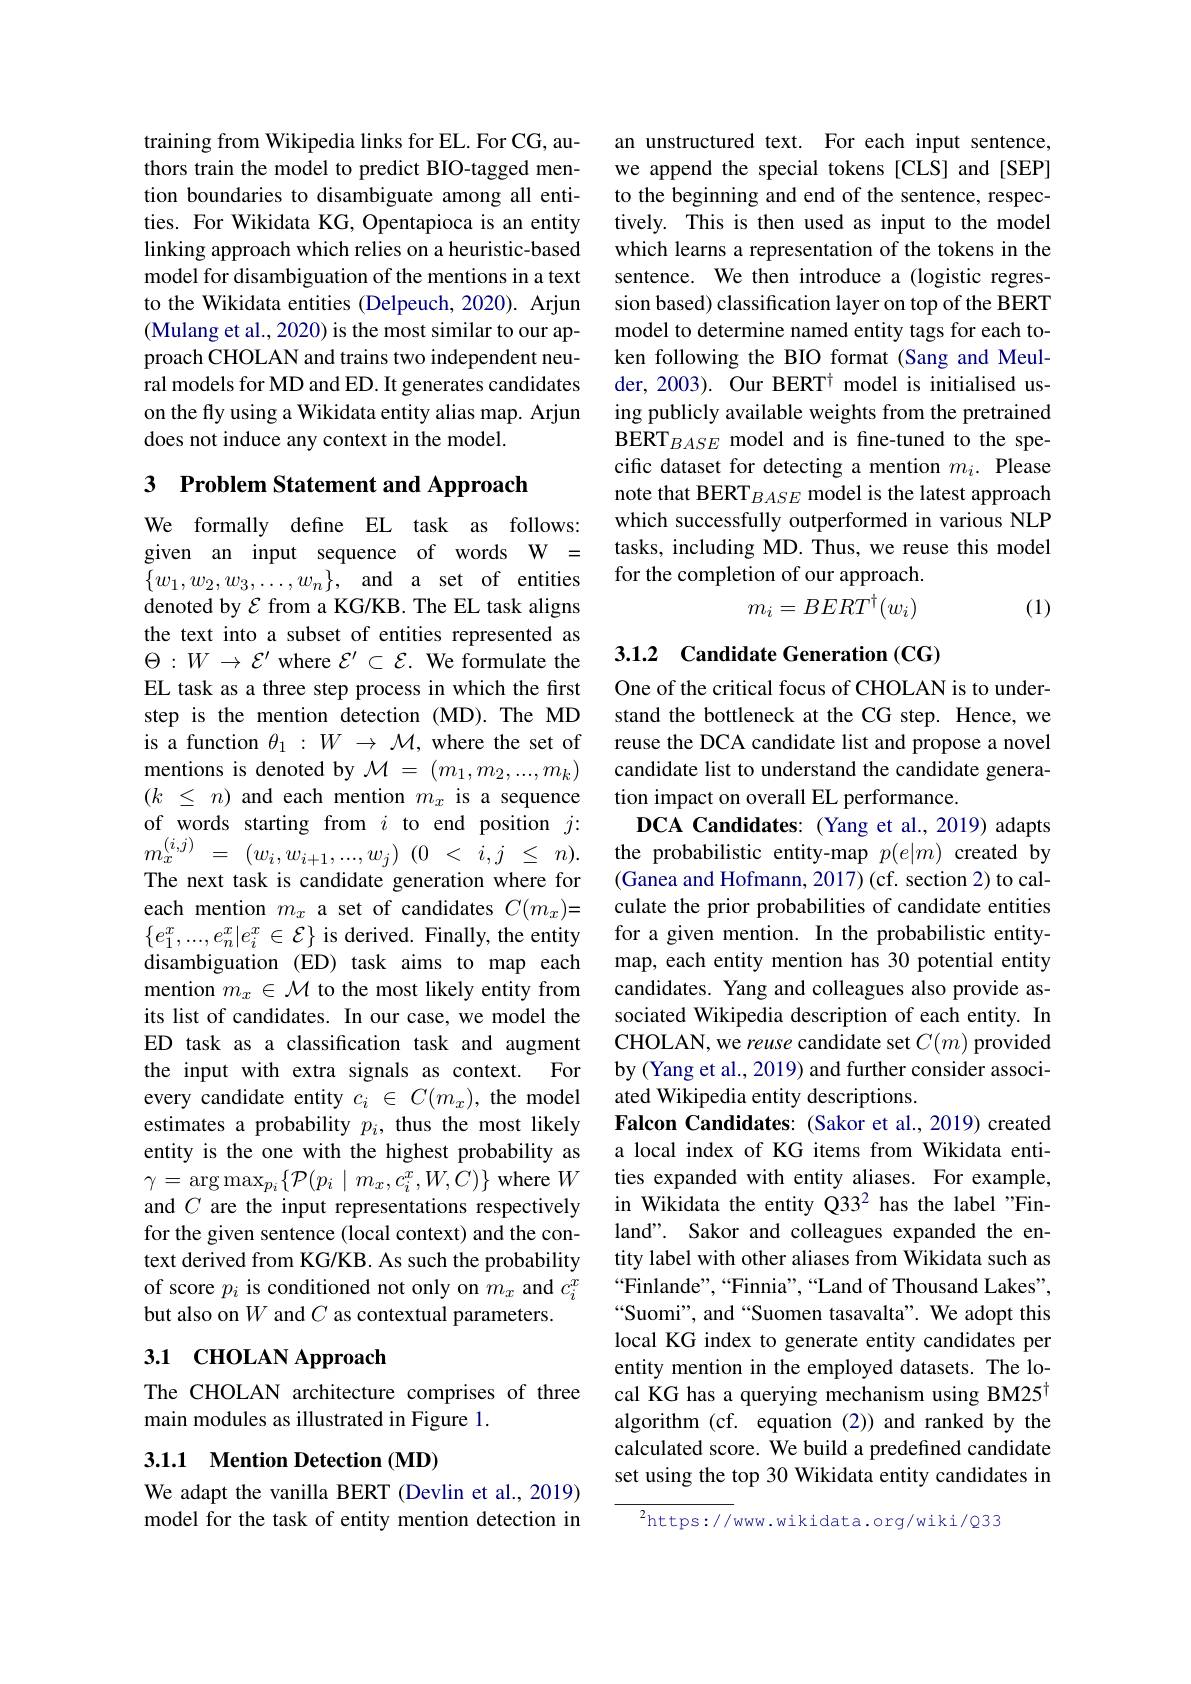
training from Wikipedia links for EL. For CG, authors train the model to predict BIO-tagged mention boundaries to disambiguate among all entities. For Wikidata KG, Opentapioca is an entity linking approach which relies on a heuristic-based model for disambiguation of the mentions in a text to the Wikidata entities (Delpeuch, 2020). Arjun (Mulang et al., 2020) is the most similar to our approach CHOLAN and trains two independent neural models for MD and ED. It generates candidates on the fly using a Wikidata entity alias map. Arjun does not induce any context in the model.

3 Problem Statement and Approach
We formally define EL task as follows: given an input sequence of words W = $\{ w_{1}, w_{2}, w_{3}, \ldots , w_{n}\} $, and a set of entities denoted by $\mathcal{E}$ from a KG/KB. The EL task aligns the text into a subset of entities represented as $\Theta:W\to\mathcal{E}^{\prime}$ where $\mathcal{E}^\prime\subset\mathcal{E}.$ We formulate the EL task as a three step process in which the first step is the mention detection (MD).The MD is a function $\theta_1:W\to\mathcal{M}$, where the set of mentions is denoted by $\mathcal{M}=(m_1,m_2,...,m_k)$ $( k$ $\leq$ $n)$ and each mention $m_x$ is a sequence $\begin{array}{rcl}\text{of words}&\text{starting from }i\text{ to end position }j{:}&\textbf{DCA Candidates:(Yang et al.2019) adapts}\\m_{x}^{(i,j)}=&(w_{i},w_{i+1},...,w_{j})&(0<i,j\leq n).&\text{the probabilistic entity-map}&p(e|m)\text{ created by}\\\text{Tha navt tack ic candidate anaration whara for}&(\text{G}\end{array}$
The next task is candidate generation where for each mention $m_x$ a set of candidates $C(m_x)=$ $\{e_1^x,...,e_n^x|e_i^x\in\mathcal{E}\}$ is derived. Finally, the entity for a given mention. In the probabilistic entitydisambiguation (ED) task aims to map each map, each entity mention has 30 potential entity
mention $m_x\in\mathcal{M}$ to the most likely entity from its list of candidates. In our case, we model the ED task as a classification task and augment the input with extra signals as context. For every candidate entity $c_i\in C(m_x)$, the model estimates a probability $p_i$, thus the most likely entity is the one with the highest probability as $\gamma=\arg\max_{p_i}\{\mathcal{P}(p_i\mid m_x,c_i^x,W,C)\}$ where $W$ and $C$ are the input representations respectively for the given sentence (local context) and the context derived from KG/KB. As such the probability of score $p_i$ is conditioned not only on $m_x$ and $c_i^x$ but also on $W$ and $C$ as contextual parameters.
3.1 CHOLAN Approach

### The CHOLAN architecture comprises of three main modules as illustrated in Figure 1.

### 3.1.1 Mention Detection (MD)

We adapt the vanilla BERT (Devlin et al., 2019) model for the task of entity mention detection in

an unstructured text. For each input sentence, we append the special tokens [CLS] and [SEP] to the beginning and end of the sentence, respectively. This is then used as input to the model which learns a representation of the tokens in the sentence. We then introduce a (logistic regression based) classification layer on top of the BERT model to determine named entity tags for each token following the BIO format (Sang and Meulder, 2003). Our BERT$^{\dagger}$ model is initialised using publicly available weights from the pretrained BERT$_{BASE}$ model and is fine-tuned to the specific dataset for detecting a mention $m_i.$ Please note that BERT$_{BASE}$ model is the latest approach which successfully outperformed in various NLP tasks, including MD. Thus, we reuse this model for the completion of our approach.
$$m_i=BERT^\dagger(w_i)$$
(1)

## 3.1.2 Candidate Generation (CG)

One of the critical focus of CHOLAN is to understand the bottleneck at the CG step. Hence, we reuse the DCA candidate list and propose a novel candidate list to understand the candidate generation impact on overall EL performance.
(Ganea and Hofmann, 2017)(cf. section 2) to calculate the prior probabilities of candidate entities candidates. Yang and colleagues also provide associated Wikipedia description of each entity. In CHOLAN, we reuse candidate set $C(m)$ provided by (Yang et al., 2019) and further consider associated Wikipedia entity descriptions.
Falcon Candidates: (Sakor et al., 2019) created a local index of KG items from Wikidata entities expanded with entity aliases. For example, in Wikidata the entity Q332 has the label "Finland". Sakor and colleagues expanded the entity label with other aliases from Wikidata such as “Finlande”,“Finnia”,“Land of Thousand Lakes", “Suomi”, and“Suomen tasavalta”. We adopt this local KG index to generate entity candidates per entity mention in the employed datasets. The local KG has a querying mechanism using BM25$^{\dagger}$ algorithm (cf. equation (2)) and ranked by the calculated score. We build a predefined candidate set using the top 30 Wikidata entity candidates in
$^2$https://www.wikidata.org/wiki/Q33